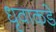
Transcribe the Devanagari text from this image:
धृवाकडे